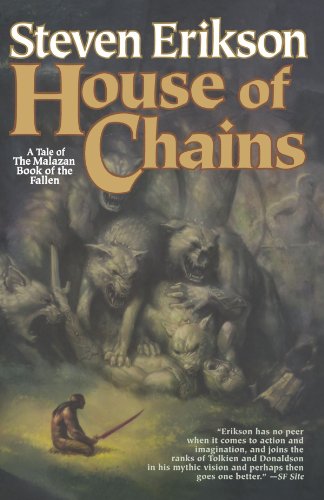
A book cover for House of Chains (The Malazan Book of the Fallen, Book 4); Steven Erikson; Literature & Fiction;